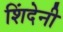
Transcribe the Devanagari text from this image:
शिंदेनी